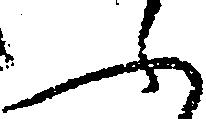
ふ